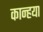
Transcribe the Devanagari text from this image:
कान्हया